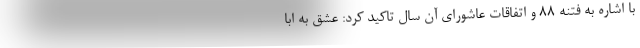
با اشاره به فتنه 88 و اتفاقات عاشورای آن سال تاکید کرد: عشق به ابا